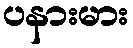
ပနားမား